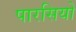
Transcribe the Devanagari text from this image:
पारसियो